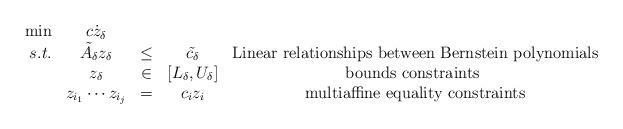
LaTeX: \begin{align*}\begin{array}{rcccc}\min & c\dot z_{\delta} \\s.t. & \tilde{A_{\delta}} z_{\delta} & \leq & \tilde{c_{\delta}} & \mbox{Linear relationships between Bernstein polynomials}\\ & z_{\delta} & \in & [L_{\delta},U_{\delta}] & \mbox{bounds constraints } \\ & z_{i_1} \cdots z_{i_j} &=& c_i z_i& \mbox{ multiaffine equality constraints } \\\end{array}\end{align*}